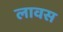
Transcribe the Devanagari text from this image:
लावस